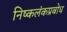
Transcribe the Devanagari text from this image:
निष्कलंकप्रबोध